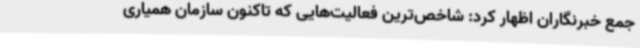
جمع خبرنگاران اظهار کرد: شاخص‌ترین فعالیت‌هایی که تاکنون سازمان همیاری